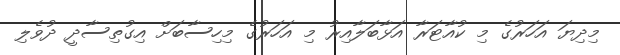
މިދިޔަ އަހަރުގެ މި ކުއާޓަރާ އަޅާބަލާއިރު މި އަހަރުގެ މިހިސާބަށް އިގުތިސާދީ ދުވެލި